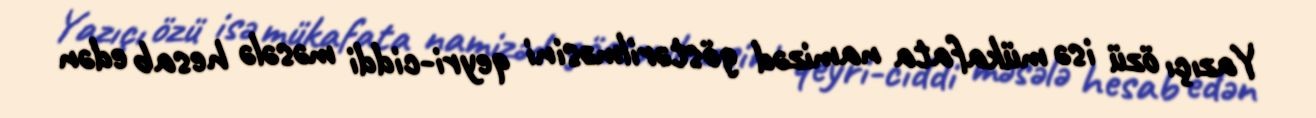
Yazıçı özü isə mükafata namizəd göstərilməsini qeyri-ciddi məsələ hesab edən